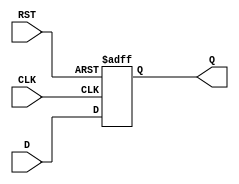
module DataRegister #(
    parameter WIDTH = 8 // Define the width of the register (number of bits)
)(
    input wire [WIDTH-1:0] D,     // Data input
    input wire CLK,                // Clock signal
    input wire RST,                // Reset signal
    output reg [WIDTH-1:0] Q       // Data output
);

// Asynchronous Reset
always @(posedge CLK or posedge RST) begin
    if (RST) begin
        Q <= {WIDTH{1'b0}}; // Reset output to zero
    end else begin
        Q <= D; // Capture data on clock edge
    end
end

endmodule